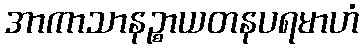
အာကာသာနဉ္စာယတနပရမာဟံ